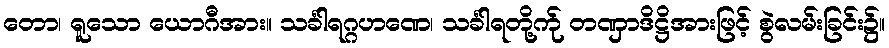
တော၊ ရူသော ယောဂီအား။ သင်္ခါရဂ္ဂဟဏေ၊ သင်္ခါရတို့က်ု တဏှာဒိဋ္ဌိအားဖြင့် စွဲလမ်းခြင်း၌။